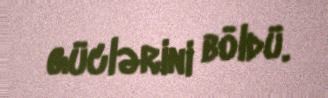
güclərini böldü.